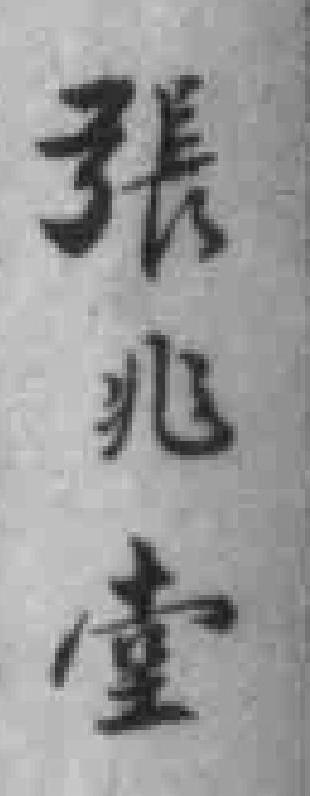
張兆堂